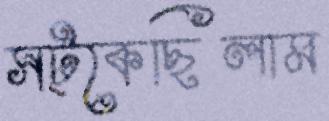
সট্‌কেছিলাম